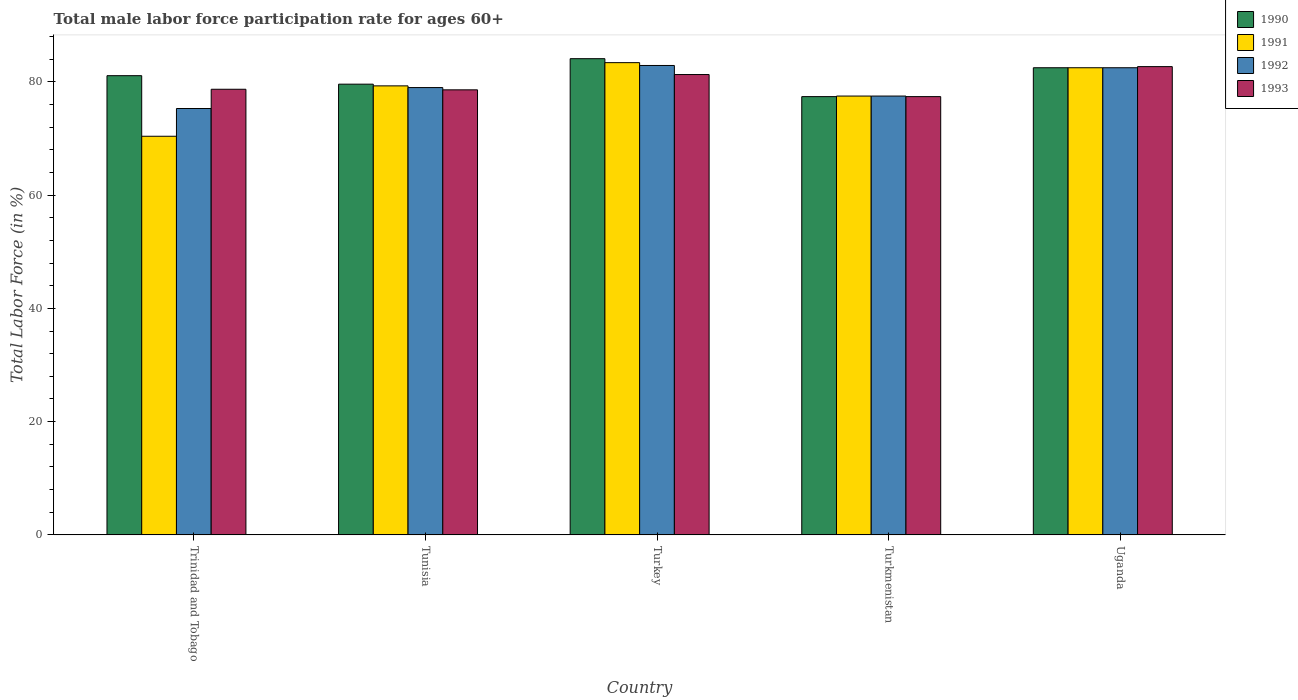
| Country | 1990 | 1991 | 1992 | 1993 |
 | --- | --- | --- | --- | --- |
 | Trinidad and Tobago | 81.1 | 70.4 | 75.3 | 78.7 |
 | Tunisia | 79.6 | 79.3 | 79 | 78.6 |
 | Turkey | 84.1 | 83.4 | 82.9 | 81.3 |
 | Turkmenistan | 77.4 | 77.5 | 77.5 | 77.4 |
 | Uganda | 82.5 | 82.5 | 82.5 | 82.7 |